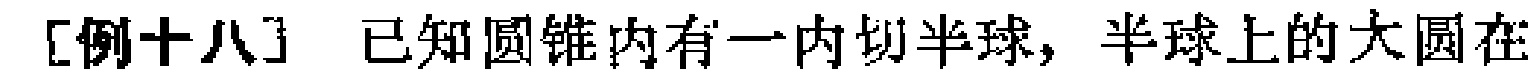
[例十八] 已知圆锥内有一内切半球，半球上的大圆在